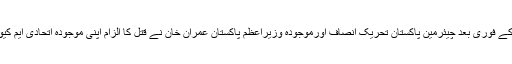
زہرہ شاہد کے قتل کے فوری بعد چیئرمین پاکستان تحریک انصاف اورموجودہ وزیراعظم پاکستان عمران خان نے قتل کا الزام اپنی موجودہ اتحادی ایم کیو ایم پر عائد کیا تھا۔